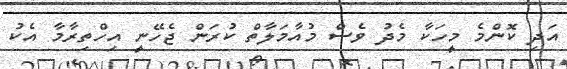
އަދި ކޮންމެ މީހަކާ މެދު ވެސް މުއާމަލާތް ކުރަން ޖެހޭނީ އިހްތިރާމާ އެކު